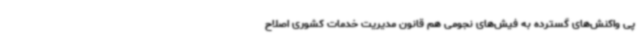
پی واکنش‌های گسترده به فیش‌های نجومی هم قانون مدیریت خدمات کشوری اصلاح